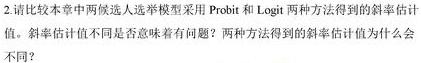
2. 请比较本章中两候选二选选择模型采用Probit和Logit两种方法得到的斜率估计值。
不同斜率估计值不同是否意味着有问题？两种方法得到的斜率估计值为什么会不同？